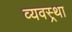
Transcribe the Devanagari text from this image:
व्यवस्र्था